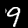
Label: 9